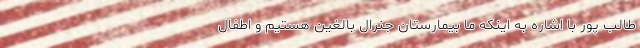
طالب پور با اشاره به اینکه ما بیمارستان جنرال بالغین هستیم و اطفال